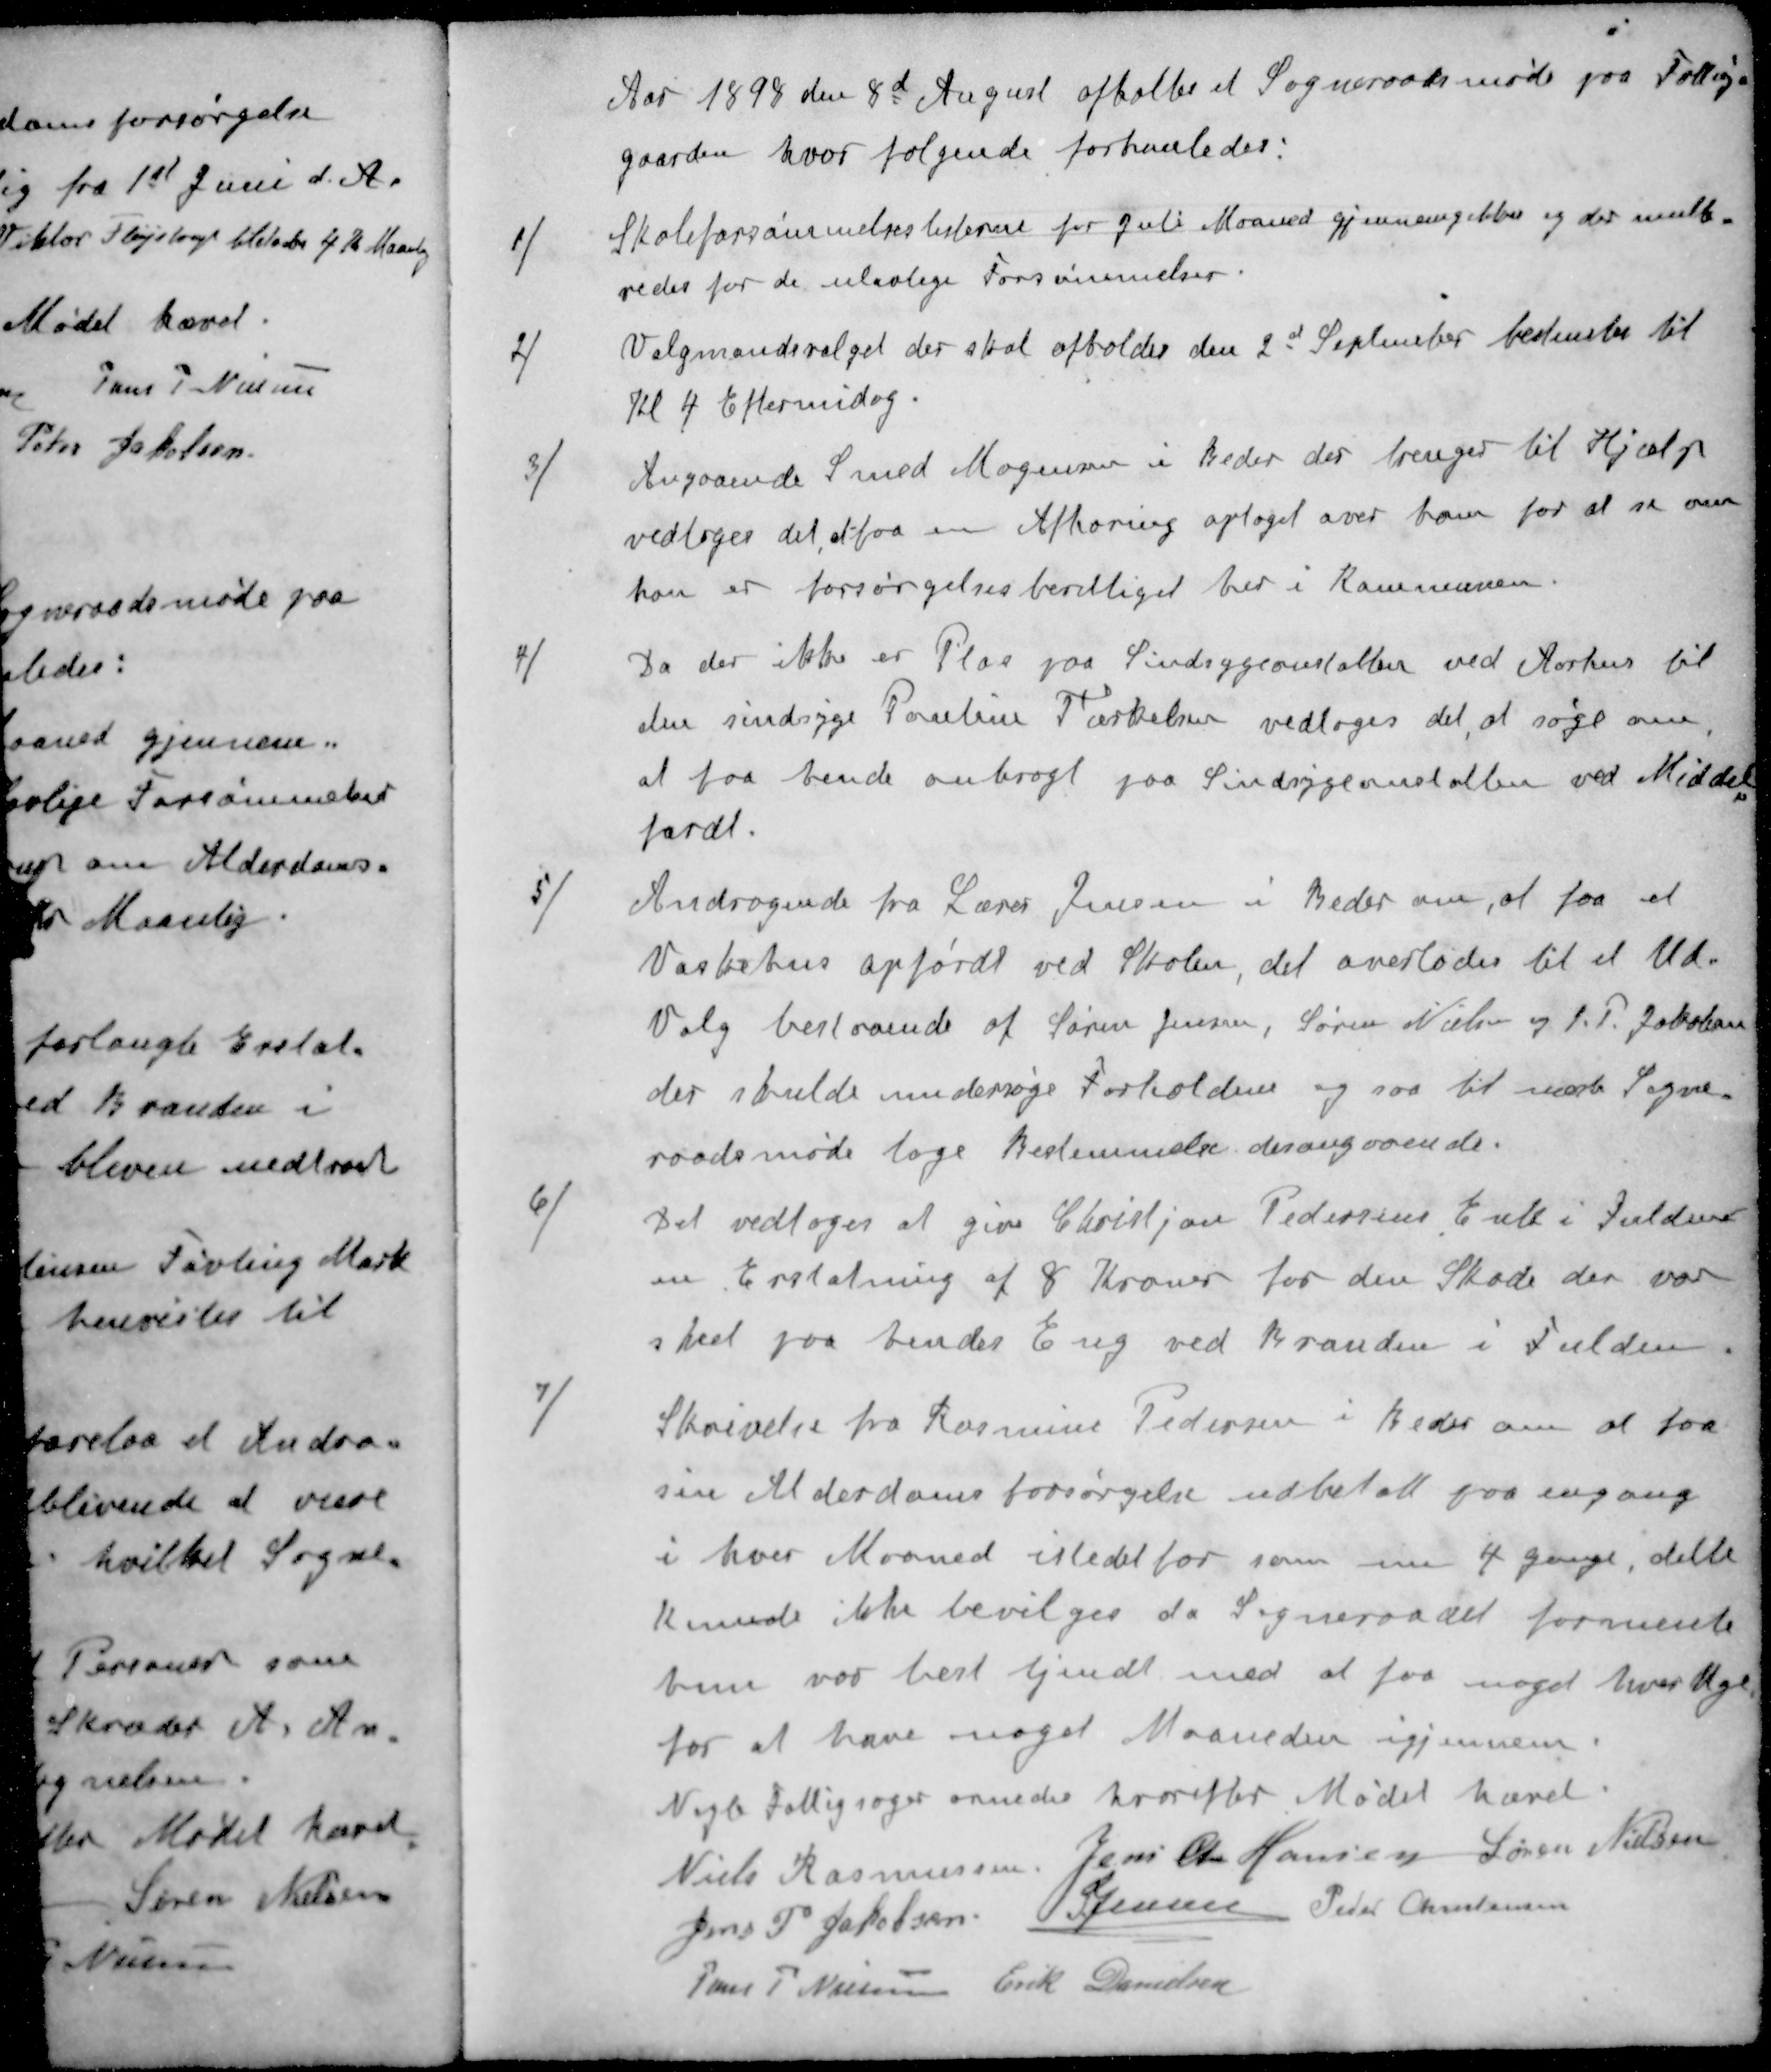
Transskription:
Aar 1898 den 8d August afholtes et Sogneraadsmøde paa Fattig-
gaarden hvor følgende forhanledes:
1 / Skoleforsømmelseslisterne for Juli Maaned gjennemgikkes og der multe
redes for de ulovlige Forsømmelser.
2 / Valgmandsvalget der skal afholdes den 2d September bestemtes til
Kl 4 Eftermidag.
3 / Angaaende Smed Mogensen i Beder der trenger til Hjælp
vedtoges det at faa en Afhøring optaget over ham for at se om
han er forsørgelsesberettiget her i Kommunen.
4 / Da der ikke er Plas paa Sindsygeanstalten ved Aarhus til
den sindsyge Pauline Tærkelsen vedtoges det, at søge om
at faa bende anbragt paa Sindsygeanstalten ved Middel-
fardt.
5 / Andragende fra Lærer Jensen i Beder om, at faa eat
Vaskehus opførdt ved Skolen, det overlodes til et Ud-
Valg bestaaende af Søren Jensen, Søren Nielsen og J. P. Jakobsen
der skulde undersøge Forholdene og saa til næste Sogne-
raadsmøde tage Bestemmelse, desangaaende.
6 / Det vedtoges at give Christjan Pedersens Enke i Fulden
en Erstatning af 8 Kroner for den Skade der var
sket paa hendes Eng ved Branden i Fulden
7 / Skrivelse fra Rasmine Pedersen i Beder om at faa
sin Alderdomsforsørgelse udbetalt paa engang
i hver Maaned istedet for som nu 4 gange, dette
Kunde ikke bevilges da Sogneraadet formente
bun var best tjendt med at faa noget hver Uge
for at have noget Maaneden igjennem
Nogle Fattigsager ornedes hvorefter Mødet hævet
Niels Rasmussen
Jens Chr Hansen
Søren Nielsen
Jens P. Jakobsen
S Jensen
Peder Christensen
Jens P. Nielsen
Erik Danielsen